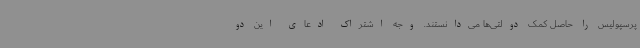
پرسپولیس را حاصل کمک دولتی‌ها می‌دانستند. وجه اشتراک ادعای این دو